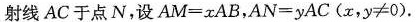
射线 AC 于点 N，设 $$A M = x A B$$，$$A N = y A C ( x ，y ≠ 0)$$.